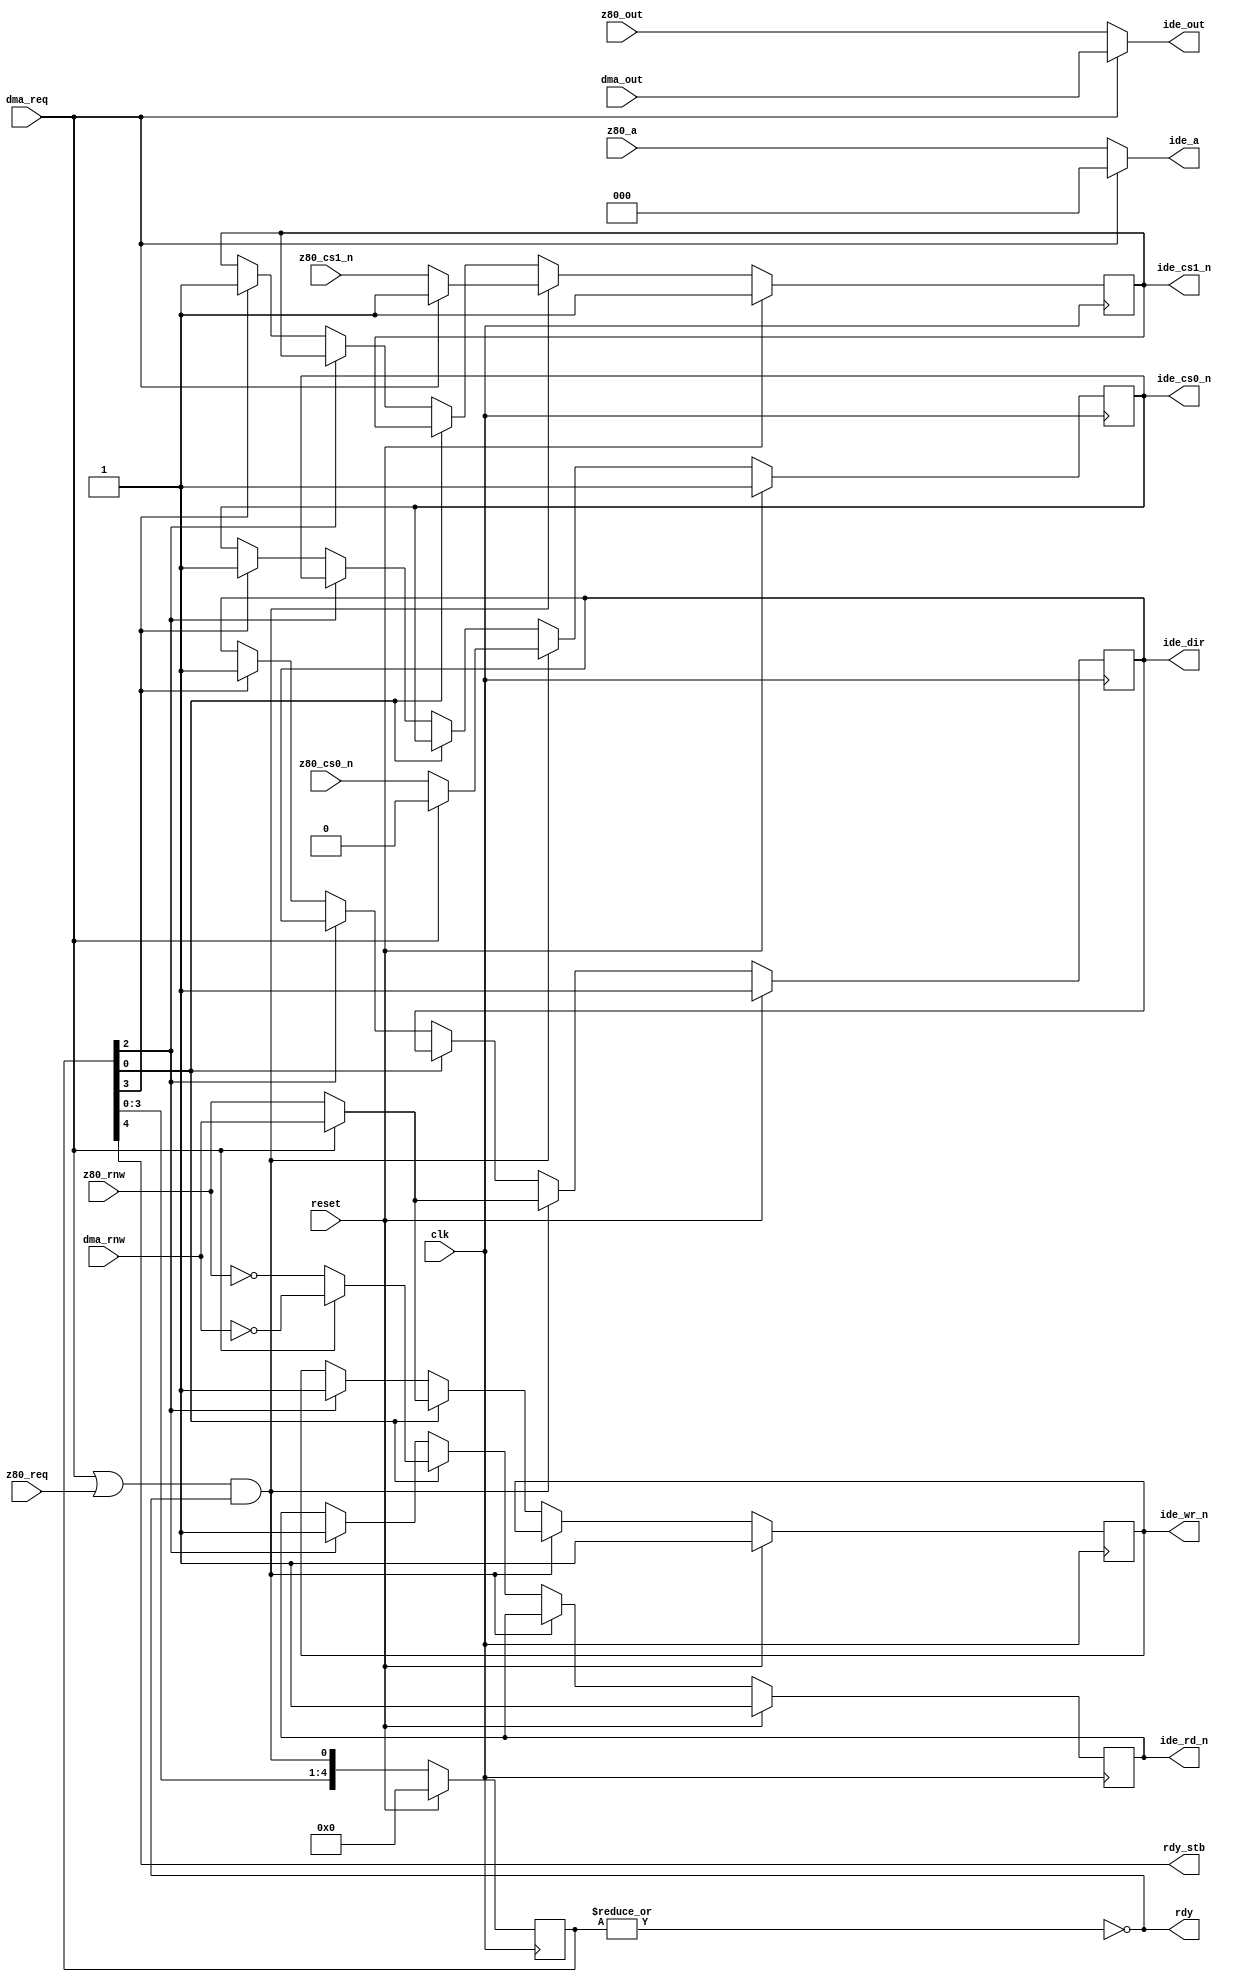
module ide
(
  // clocks
  input wire         clk,

  // controls
  input  wire        reset,
  output wire        rdy_stb,
  output wire        rdy,
  // output wire next,

  // IDE interface
  output  wire [15:0] ide_out,
  output wire [ 2:0] ide_a,
  output reg         ide_dir,     // rnw
  output reg         ide_cs0_n,
  output reg         ide_cs1_n,
  output reg         ide_rd_n,
  output reg         ide_wr_n,

  // DMA interface
  input wire [15:0]  dma_out,
  input wire         dma_req,
  input wire         dma_rnw,

  // Z80 interface
  input wire [15:0]  z80_out,
  input wire [ 2:0]  z80_a,
  input wire         z80_cs0_n,
  input wire         z80_cs1_n,
  input wire         z80_req,
  input wire         z80_rnw
);

  reg [4:0] st;
  
  assign ide_out = dma_req ? dma_out : z80_out;
  assign ide_a = dma_req ? 3'b0 : z80_a;
  wire dir = dma_req ? dma_rnw : z80_rnw;
  wire cs0_n = dma_req ? 1'b0 : z80_cs0_n;
  wire cs1_n = dma_req ? 1'b1 : z80_cs1_n;
  wire rd_n = dma_req ? ~dma_rnw : ~z80_rnw;
  wire wr_n = dma_req ? dma_rnw : z80_rnw;

  wire go = (dma_req || z80_req) && rdy;
  assign rdy_stb = st[4];
  assign rdy = ~|st;

  // states clocking
  always @(posedge clk)
    if (reset)
      st <= 5'b0;
    else
      st <= {st[3:0], go};

  // states processing
  always @(posedge clk)
    if (reset)
    begin
      ide_dir   <= 1'b1;
      ide_cs0_n <= 1'b1;
      ide_cs1_n <= 1'b1;
      ide_rd_n  <= 1'b1;
      ide_wr_n  <= 1'b1;
    end

    else if (go)
    begin
      ide_dir   <= dir;
      ide_cs0_n <= cs0_n;
      ide_cs1_n <= cs1_n;
    end

    else if (st[0])
    begin
      ide_rd_n  <= rd_n;
      ide_wr_n  <= wr_n;
    end

    else if (st[2])
    begin
      ide_rd_n  <= 1'b1;
      ide_wr_n  <= 1'b1;
    end

    else if (st[3])
    begin
      ide_dir   <= 1'b1;
      ide_cs0_n <= 1'b1;
      ide_cs1_n <= 1'b1;
    end

endmodule